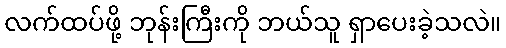
လက်ထပ်ဖို့ ဘုန်းကြီးကို ဘယ်သူ ရှာပေးခဲ့သလဲ။